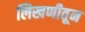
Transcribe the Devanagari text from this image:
लिखणीतून